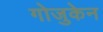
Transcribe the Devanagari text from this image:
गोजुकेन